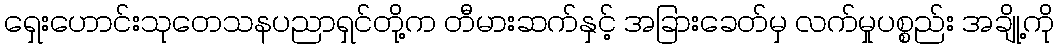
ရှေးဟောင်းသုတေသနပညာရှင်တို့က တီမားဆက်နှင့် အခြားခေတ်မှ လက်မှုပစ္စည်း အချို့ကို